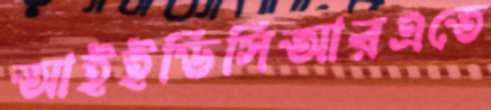
আইইডিসিআরএতে